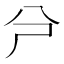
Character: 𠔆